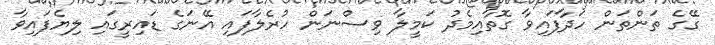
ގޭގެ ތަންތަން ހަދާފައިވާ ގޮތާއިމެދު ކަމީލާ ވިސްނަން ހުރެލާފައި އޭނަގެ ޑައިރީގައި ލިޔެފައިވާ